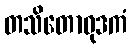
တသိတောဝုဒကံ